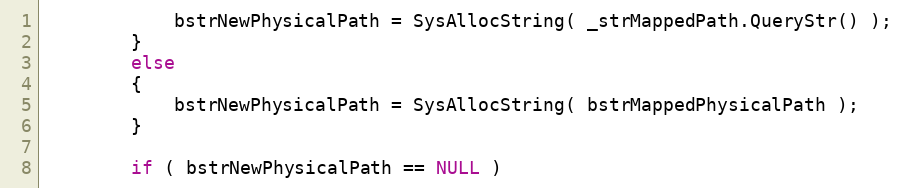
Language: C++
            bstrNewPhysicalPath = SysAllocString( _strMappedPath.QueryStr() );
        }
        else
        {
            bstrNewPhysicalPath = SysAllocString( bstrMappedPhysicalPath );
        }

        if ( bstrNewPhysicalPath == NULL )